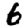
Digit: 6